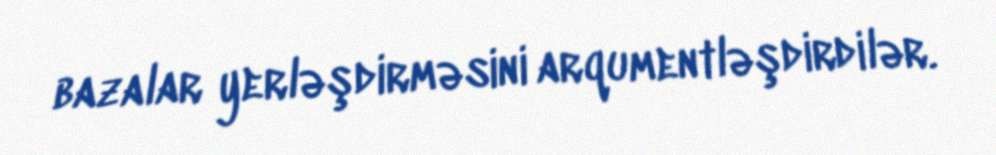
bazalar yerləşdirməsini arqumentləşdirdilər.